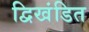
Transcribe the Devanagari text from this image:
द्विखंडित